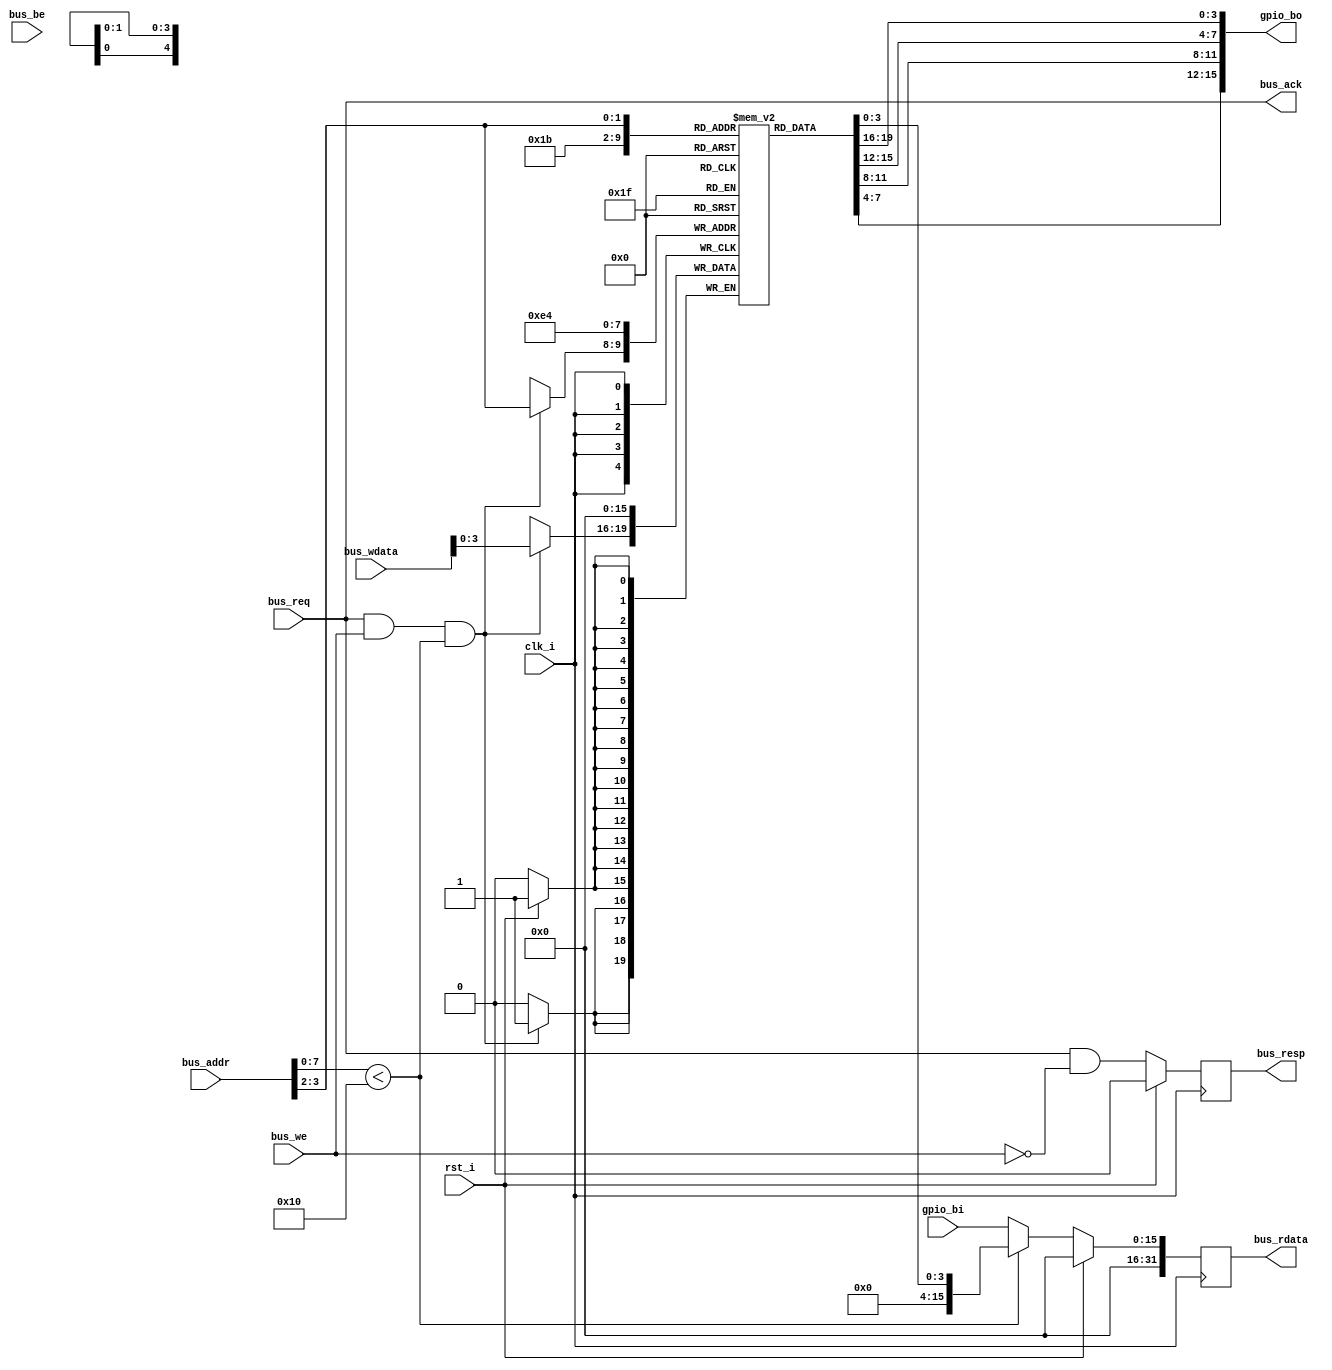
module gpio
(
	input [0:0] clk_i
	, input [0:0] rst_i
	
	, input  [0:0] 	bus_req
	, input  [0:0] 	bus_we
	, input  [31:0] bus_addr
	, input  [3:0] 	bus_be
	, input  [31:0] bus_wdata
	, output [0:0] 	bus_ack
	, output reg [0:0] 	bus_resp
	, output reg [31:0]	bus_rdata

	, input  [15:0]	gpio_bi
	, output [15:0]	gpio_bo
);

reg [3:0] led_register [3:0];
assign gpio_bo = {led_register[3], led_register[2], led_register[1], led_register[0]};

always @(posedge clk_i)
	begin
	if (rst_i) bus_resp <= 1'b0;
	else bus_resp <= bus_req & !bus_we;
	end

always @(posedge clk_i)
	begin
	if (rst_i) bus_rdata <= 32'h0;
	else
		begin
		if (bus_addr[7:0] < 8'h10) bus_rdata <= led_register[bus_addr[3:2]];
		else bus_rdata <= gpio_bi;
		end
	end

always @(posedge clk_i)
	begin
	if (rst_i) begin led_register[0] <= 8'h0; led_register[1] <= 8'h0; led_register[2] <= 8'h0; led_register[3] <= 8'h0; end
	if (bus_req && bus_we && (bus_addr[7:0] < 8'h10)) led_register[bus_addr[3:2]] <= bus_wdata;
	end

assign bus_ack = bus_req;

endmodule